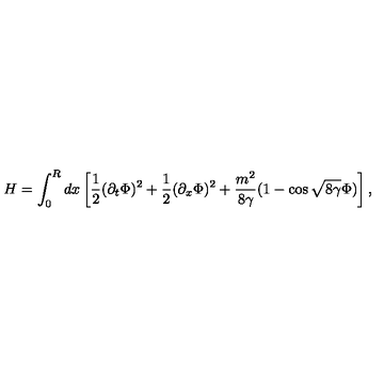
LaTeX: H = \int _ { 0 } ^ { R } d x \left[ \frac { 1 } { 2 } ( \partial _ { t } \Phi ) ^ { 2 } + \frac { 1 } { 2 } ( \partial _ { x } \Phi ) ^ { 2 } + \frac { m ^ { 2 } } { 8 \gamma } ( 1 - \cos { \sqrt { 8 \gamma } } \Phi ) \right] ,